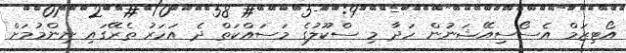
އޯޓިޒަމް އެސޯސިއޭޝަނުން ހަދާ މި ސްކޫލުގެ މަސައްކަތް ދެ އަހަރު ތެރޭގައި ނިންމުމަށް